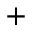
^ +